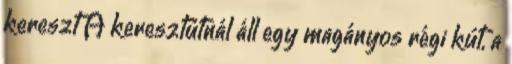
kereszt A keresztútnál áll egy magányos régi kút, a